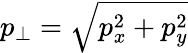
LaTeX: p_{\perp}=\sqrt{p_{x}^{2}+p_{y}^{2}}